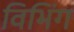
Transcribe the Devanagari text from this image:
विभिंग